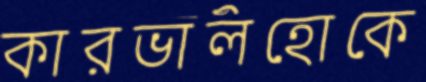
কারভালহোকে